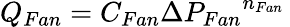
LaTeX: Q_{Fan}=C_{Fan}{{\Delta}P_{Fan}}^{n_{Fan}}\,